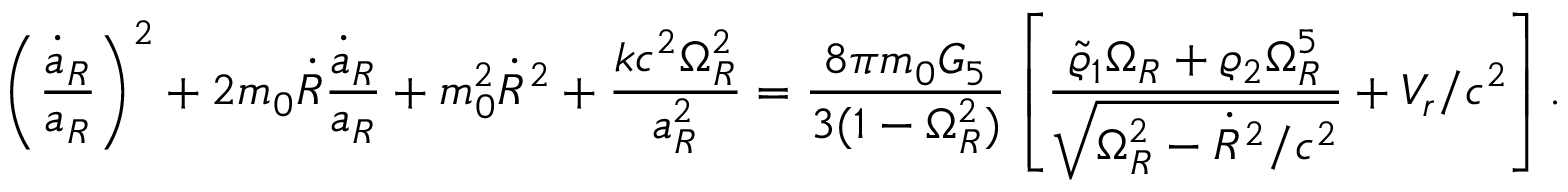
\left( { \frac { \dot { a } _ { R } } { a _ { R } } } \right) ^ { 2 } + 2 m _ { 0 } \dot { R } { \frac { \dot { a } _ { R } } { a _ { R } } } + m _ { 0 } ^ { 2 } \dot { R } ^ { 2 } + { \frac { k c ^ { 2 } \Omega _ { R } ^ { 2 } } { a _ { R } ^ { 2 } } } = { \frac { 8 \pi m _ { 0 } G _ { 5 } } { 3 ( 1 - \Omega _ { R } ^ { 2 } ) } } \left[ { \frac { \tilde { \varrho } _ { 1 } \Omega _ { R } + \varrho _ { 2 } \Omega _ { R } ^ { 5 } } { \sqrt { \Omega _ { R } ^ { 2 } - \dot { R } ^ { 2 } / c ^ { 2 } } } } + V _ { r } / c ^ { 2 } \right] .